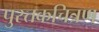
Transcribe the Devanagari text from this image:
पुस्तकचित्रण